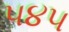
૫૪૫